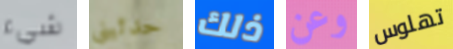
شيء حدثيني ذلك وعن تهلوس